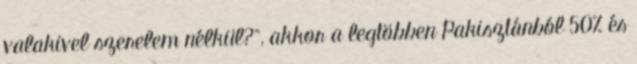
valakivel szerelem nélkül?”, akkor a legtöbben Pakisztánból 50% és